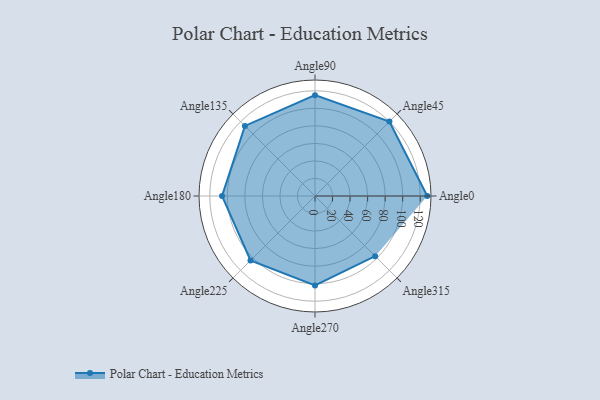
{"axis": {"x": "Angle", "y": "Radius"}, "legend": [""], "data": [{"x": "Angle0", "y": 128.0, "type": ""}, {"x": "Angle45", "y": 120.0, "type": ""}, {"x": "Angle90", "y": 115.0, "type": ""}, {"x": "Angle135", "y": 113.0, "type": ""}, {"x": "Angle180", "y": 106.0, "type": ""}, {"x": "Angle225", "y": 104.0, "type": ""}, {"x": "Angle270", "y": 102.0, "type": ""}, {"x": "Angle315", "y": 97.0, "type": ""}]}